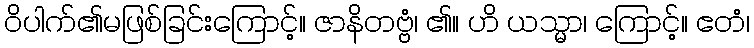
ဝိပါက်၏မဖြစ်ခြင်းကြောင့်။ ဇာနိတဗ္ဗံ၊ ၏။ ဟိ ယသ္မာ၊ ကြောင့်။ ဧတံ၊